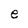
Character: e